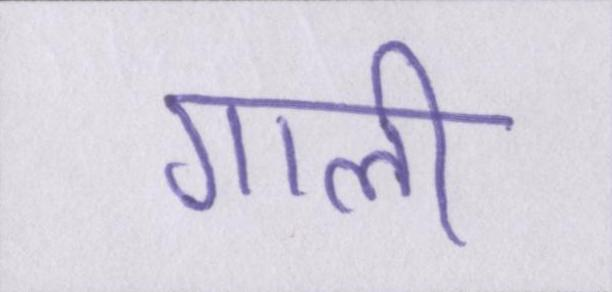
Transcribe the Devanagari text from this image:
गाली